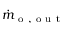
\dot { m } _ { \mathrm { ~ o ~ , ~ o ~ u ~ t ~ } }